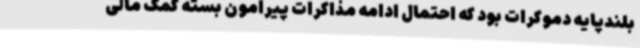
بلندپایه دموکرات بود که احتمال ادامه مذاکرات پیرامون بسته کمک مالی